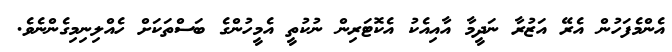
އެންމެފަހުން އެރޭ އަޒުރާ ނަދީމާ އާއިއެކު އެކޮޓަރިން ނުކުތީ އެމީހުންގެ ބަސްތަކަށް ހެއްލިނިމިގެންނެވެ.